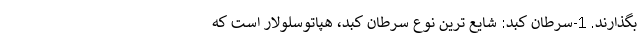
بگذارند. 1-سرطان کبد: شایع ترین نوع سرطان کبد، هپاتوسلولار است که